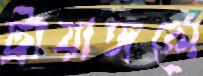
ট্রায়াঙ্গলে